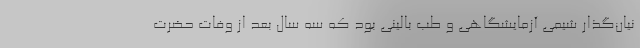
نیان‌گذار شیمی آزمایشگاهی و طب بالینی بود که سه سال بعد از وفات حضرت